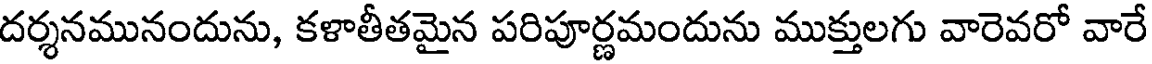
దర్శనమునందును, కళాతీతమైన పరిపూర్ణమందును ముక్తులగు వారెవరో వారే